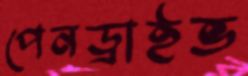
পেনড্রাইভ